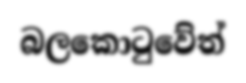
බලකොටුවේත්